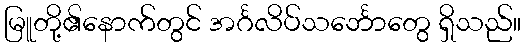
မြူတို့၏နောက်တွင် အင်္ဂလိပ်သင်္ဘောတွေ ရှိသည်။